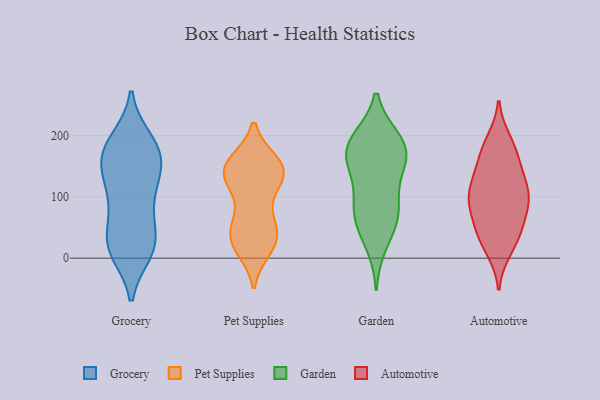
{"axis": {"x": "Tickets Resolved", "y": "Value"}, "legend": ["Automotive", "Garden", "Grocery", "Pet Supplies"], "data": [{"x": "", "y": 92, "type": "Grocery"}, {"x": "", "y": 21, "type": "Grocery"}, {"x": "", "y": 63, "type": "Grocery"}, {"x": "", "y": 193, "type": "Grocery"}, {"x": "", "y": 192, "type": "Grocery"}, {"x": "", "y": 10, "type": "Grocery"}, {"x": "", "y": 134, "type": "Grocery"}, {"x": "", "y": 21, "type": "Grocery"}, {"x": "", "y": 161, "type": "Grocery"}, {"x": "", "y": 27, "type": "Grocery"}, {"x": "", "y": 12, "type": "Grocery"}, {"x": "", "y": 185, "type": "Grocery"}, {"x": "", "y": 17, "type": "Grocery"}, {"x": "", "y": 167, "type": "Grocery"}, {"x": "", "y": 105, "type": "Grocery"}, {"x": "", "y": 158, "type": "Grocery"}, {"x": "", "y": 127, "type": "Grocery"}, {"x": "", "y": 69, "type": "Grocery"}, {"x": "", "y": 141, "type": "Grocery"}, {"x": "", "y": 173, "type": "Grocery"}, {"x": "", "y": 155, "type": "Pet Supplies"}, {"x": "", "y": 45, "type": "Pet Supplies"}, {"x": "", "y": 60, "type": "Pet Supplies"}, {"x": "", "y": 126, "type": "Pet Supplies"}, {"x": "", "y": 17, "type": "Pet Supplies"}, {"x": "", "y": 15, "type": "Pet Supplies"}, {"x": "", "y": 151, "type": "Pet Supplies"}, {"x": "", "y": 69, "type": "Pet Supplies"}, {"x": "", "y": 153, "type": "Pet Supplies"}, {"x": "", "y": 140, "type": "Pet Supplies"}, {"x": "", "y": 138, "type": "Pet Supplies"}, {"x": "", "y": 124, "type": "Pet Supplies"}, {"x": "", "y": 36, "type": "Pet Supplies"}, {"x": "", "y": 111, "type": "Pet Supplies"}, {"x": "", "y": 48, "type": "Pet Supplies"}, {"x": "", "y": 155, "type": "Pet Supplies"}, {"x": "", "y": 30, "type": "Pet Supplies"}, {"x": "", "y": 21, "type": "Pet Supplies"}, {"x": "", "y": 157, "type": "Pet Supplies"}, {"x": "", "y": 132, "type": "Pet Supplies"}, {"x": "", "y": 54, "type": "Garden"}, {"x": "", "y": 191, "type": "Garden"}, {"x": "", "y": 157, "type": "Garden"}, {"x": "", "y": 183, "type": "Garden"}, {"x": "", "y": 97, "type": "Garden"}, {"x": "", "y": 62, "type": "Garden"}, {"x": "", "y": 145, "type": "Garden"}, {"x": "", "y": 195, "type": "Garden"}, {"x": "", "y": 22, "type": "Garden"}, {"x": "", "y": 79, "type": "Garden"}, {"x": "", "y": 152, "type": "Garden"}, {"x": "", "y": 84, "type": "Garden"}, {"x": "", "y": 165, "type": "Garden"}, {"x": "", "y": 193, "type": "Garden"}, {"x": "", "y": 155, "type": "Automotive"}, {"x": "", "y": 132, "type": "Automotive"}, {"x": "", "y": 130, "type": "Automotive"}, {"x": "", "y": 108, "type": "Automotive"}, {"x": "", "y": 27, "type": "Automotive"}, {"x": "", "y": 99, "type": "Automotive"}, {"x": "", "y": 87, "type": "Automotive"}, {"x": "", "y": 180, "type": "Automotive"}, {"x": "", "y": 54, "type": "Automotive"}, {"x": "", "y": 14, "type": "Automotive"}, {"x": "", "y": 173, "type": "Automotive"}, {"x": "", "y": 109, "type": "Automotive"}, {"x": "", "y": 86, "type": "Automotive"}, {"x": "", "y": 191, "type": "Automotive"}, {"x": "", "y": 36, "type": "Automotive"}, {"x": "", "y": 89, "type": "Automotive"}, {"x": "", "y": 49, "type": "Automotive"}]}